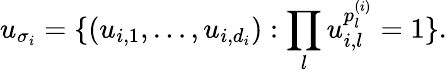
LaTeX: u_{\sigma_{i}}=\{ (u_{i,1},\ldots,u_{i,d_{i}}):\prod_{l}u_{i,l}^{p_{l}^{(i)}}=1\} .